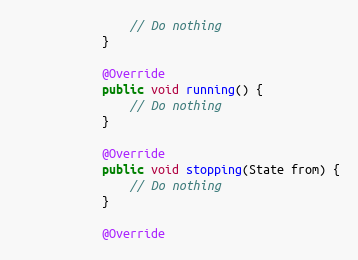
Language: Java
                // Do nothing
            }

            @Override
            public void running() {
                // Do nothing
            }

            @Override
            public void stopping(State from) {
                // Do nothing
            }

            @Override